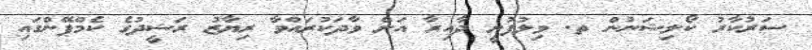
ސަރުކާރު ކޯލިޝަނުން ތ. ވިލުފުށީ ދާއިރާ އަށް ވާދަކުރައްވާ ރިޔާޒު ރަޝީދުގެ ކެމްޕޭންގައި